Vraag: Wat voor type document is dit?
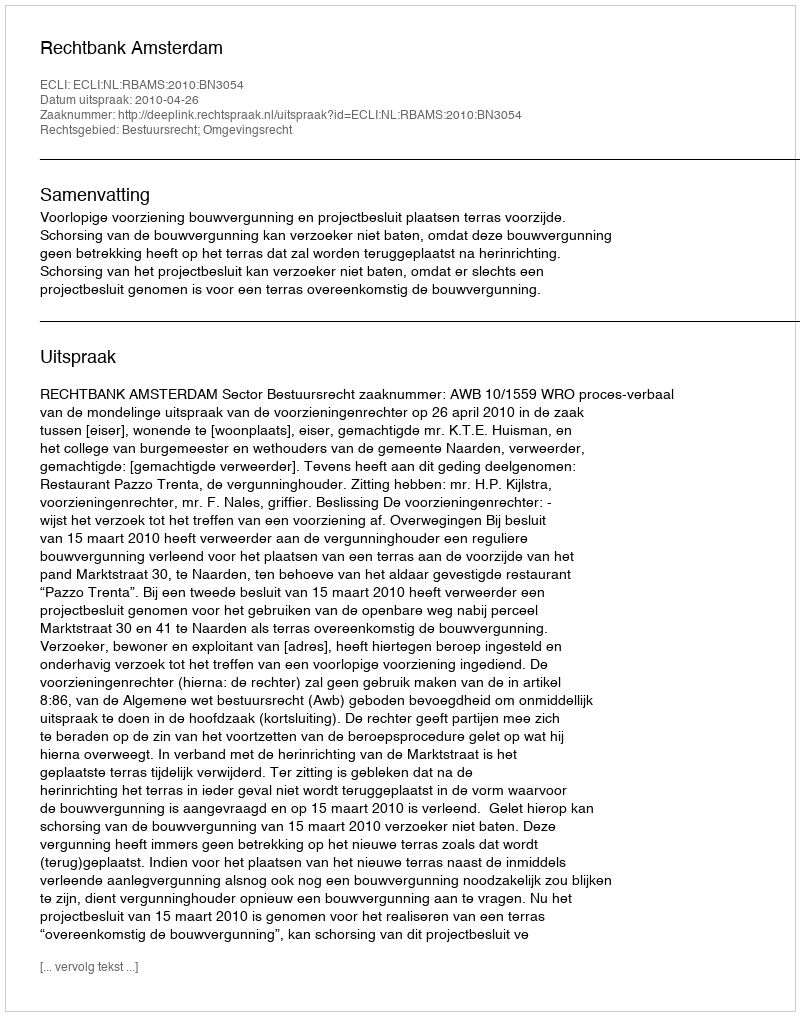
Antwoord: Uitspraak